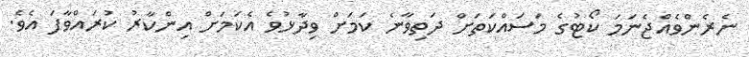
ނެރެންވެއްޖެނަމަ ކޯޓުގެ މަސައްކަތަށް ދަތިވާނެ ކަމަށް ވިދާޅުވެ އެކަަމަށް އިންކާރު ކުރައްވާފަ އެވެ.